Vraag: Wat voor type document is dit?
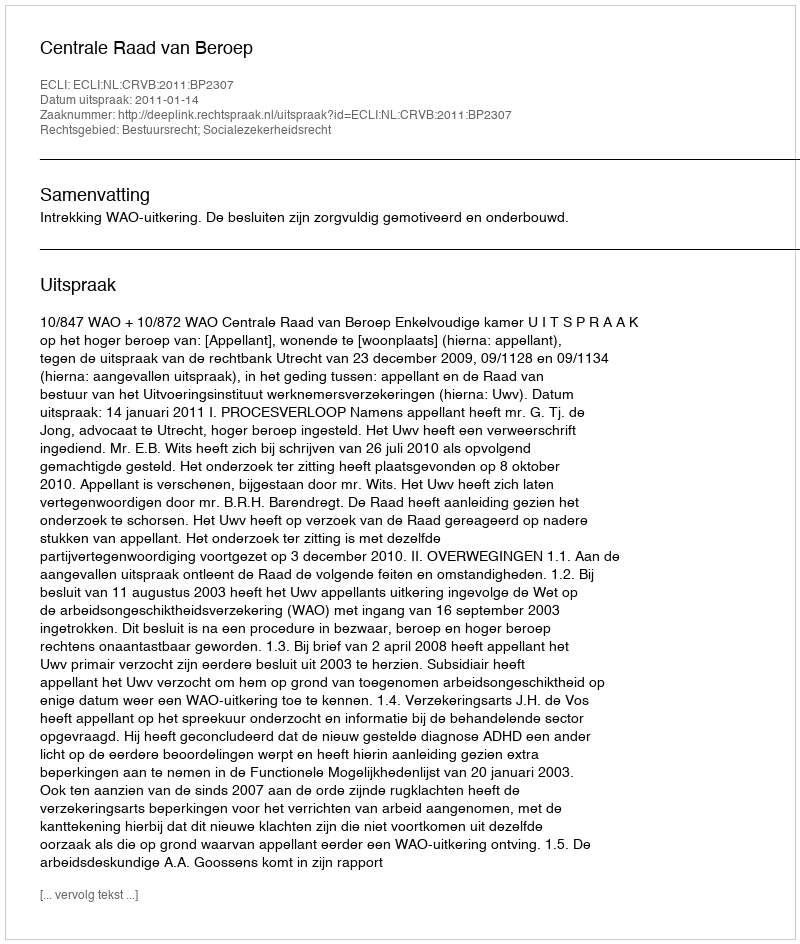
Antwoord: Uitspraak